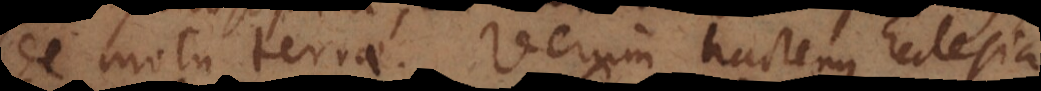
de motu terrae. Verum hactenus Ecclesia